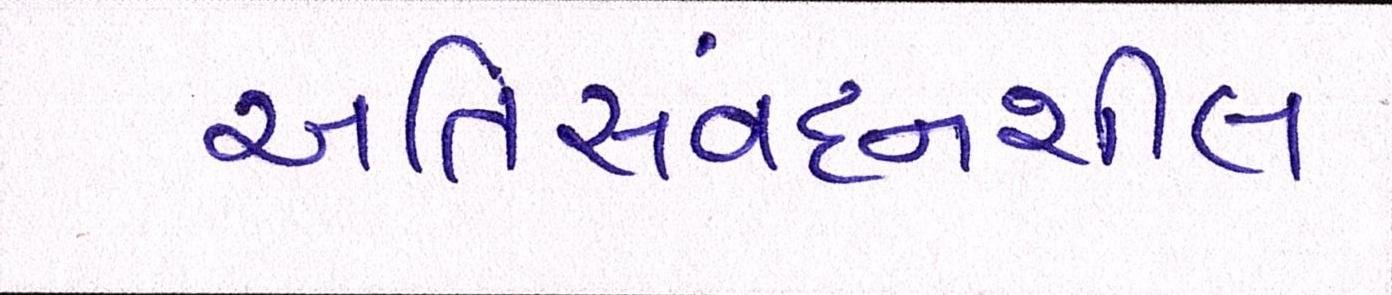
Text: અતિસંવદનશીલ